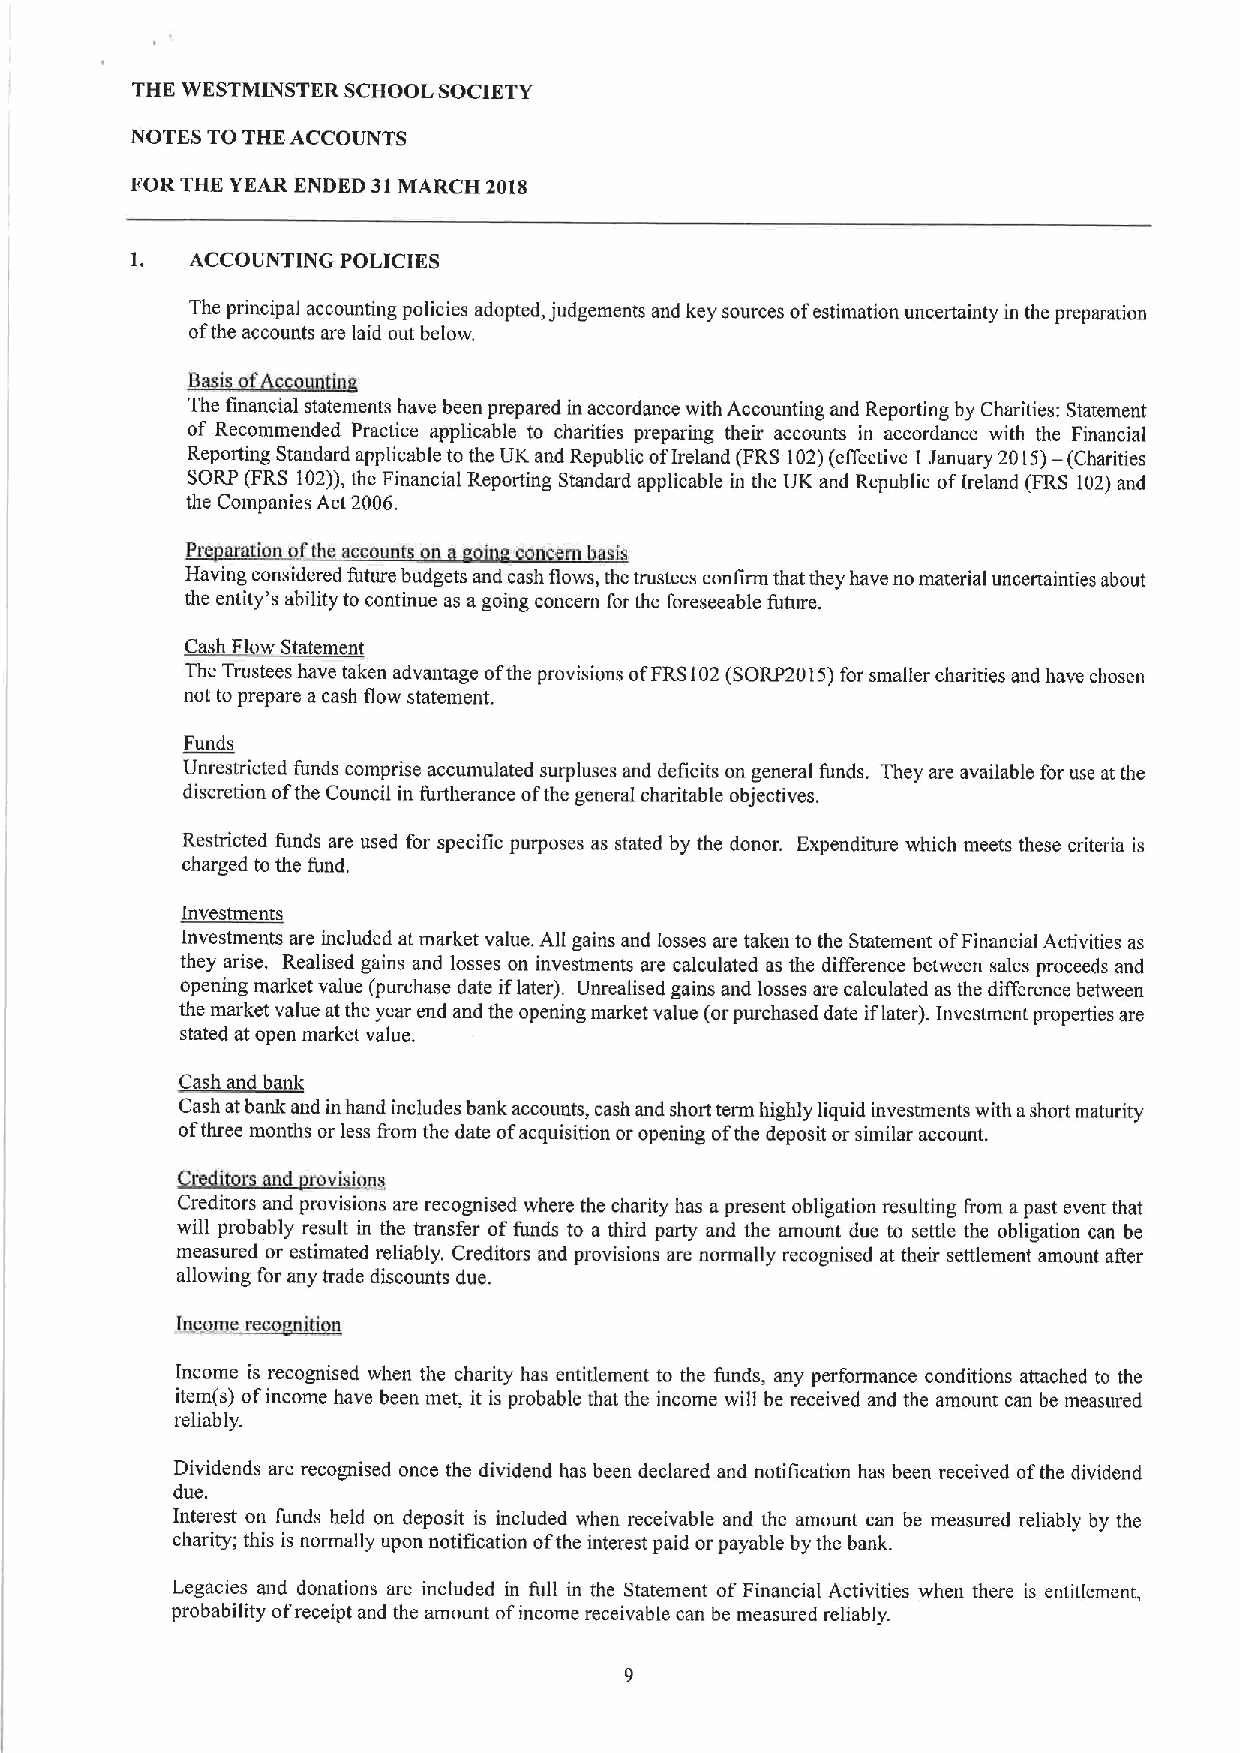
THE WESTMINSTER SCHOOL SOCIETY
 NOTES TO THE ACCOUNTS
 FOR THE YEAR ENDED 31MARCH 2018
 1.  ACCOUNTING POLICIKS
 The principal accounting policies adopted, judgements and key sources ofestimation uncertainty in the preparation
 ofthe accounts are laid out below.
 ~B' CA   t
 The financial statements have been prepared in accordance with Accounting and Reporting by Charities: Statement
 of Recommended Practice applicable to charities preparing their accounts in accordance with the Financial
 Reporting Standard applicable to the UK and Republic ofIreland (FRS 102)(effective I January 2015)— (Charities
 SORP (FRS 102)),the Financial Reporting Standard applicable in the UK and Republic ofIreland (FRS 102)and
 the Companies Act 2006.
 Pre aration the accou ts on a oin concern basis
 Having considered future budgets and cash flows, the trustees confirm that they have no material uncertainties about
 the entity's ability to continue as agoing concern for the foreseeable future.
 ~Chht  ht t
 The Trustees have taken advantage ofthe provisions ofFRS102(SORP2015) for smaller charities and have chosen
 not to prepare acash flow statement.
 Funds
 Unrestricted funds comprise accumulated surpluses and deficits on general funds. They are available for use at the
 discretion ofthe Council in furtherance ofthe general charitable objectives.
 Restricted funds are used for specific purposes as stated by the donor. Expenditure which meets these criteria is
 charged to the fund.
 Investments
 Investments are included at market value. All gains and losses are taken to the Statement ofFinancial Activities as
 they arise. Realised gains and losses on investments are calculated as the difference between sales proceeds and
 opening market value (purchase date iflater). Unrealised gains and losses are calculated as the difference between
 the market value atthe year end and the opening market value (orpurchased date iflater). Investment properties are
 stated at open market value.
 Cash and bank
 Cash atbank and inhand includes bank accounts, cash and short term highly liquid investments with ashort maturity
 ofthree months or less fiom the date ofacquisition or opening ofthe deposit or similar account.
 Credito d rovi i
 Creditors and provisions are recognised where the charity has apresent obligation resulting from apast event that
 will probably result in the transfer offunds to a third party and the amount due to settle the obligation can be
 measured or estimated reliably, Creditors and provisions are normally recognised at their settlement amount afier
 allowing for any trade discounts due.
 jthcstrtte~reco jK0K
 Income is recognised when the charity has entitlement to the funds, any performance conditions attached to the
 item(s) ofincome have been met, it is probable that the income will be received and the amount can be measured
 reliably.
 Dividends are recognised once the dividend has been declared and notification has been received ofthe dividend
 due.
 Interest on funds held on deposit is included when receivable and the amount can be measured reliably by the
 charity; this is normally upon notification ofthe interest paid or payable by the bank.
 Legacies and donations are included in full in the Statement of Financial Activities when there is entitlement,
 probability ofreceipt and the amount ofincome receivable can be measured reliably.